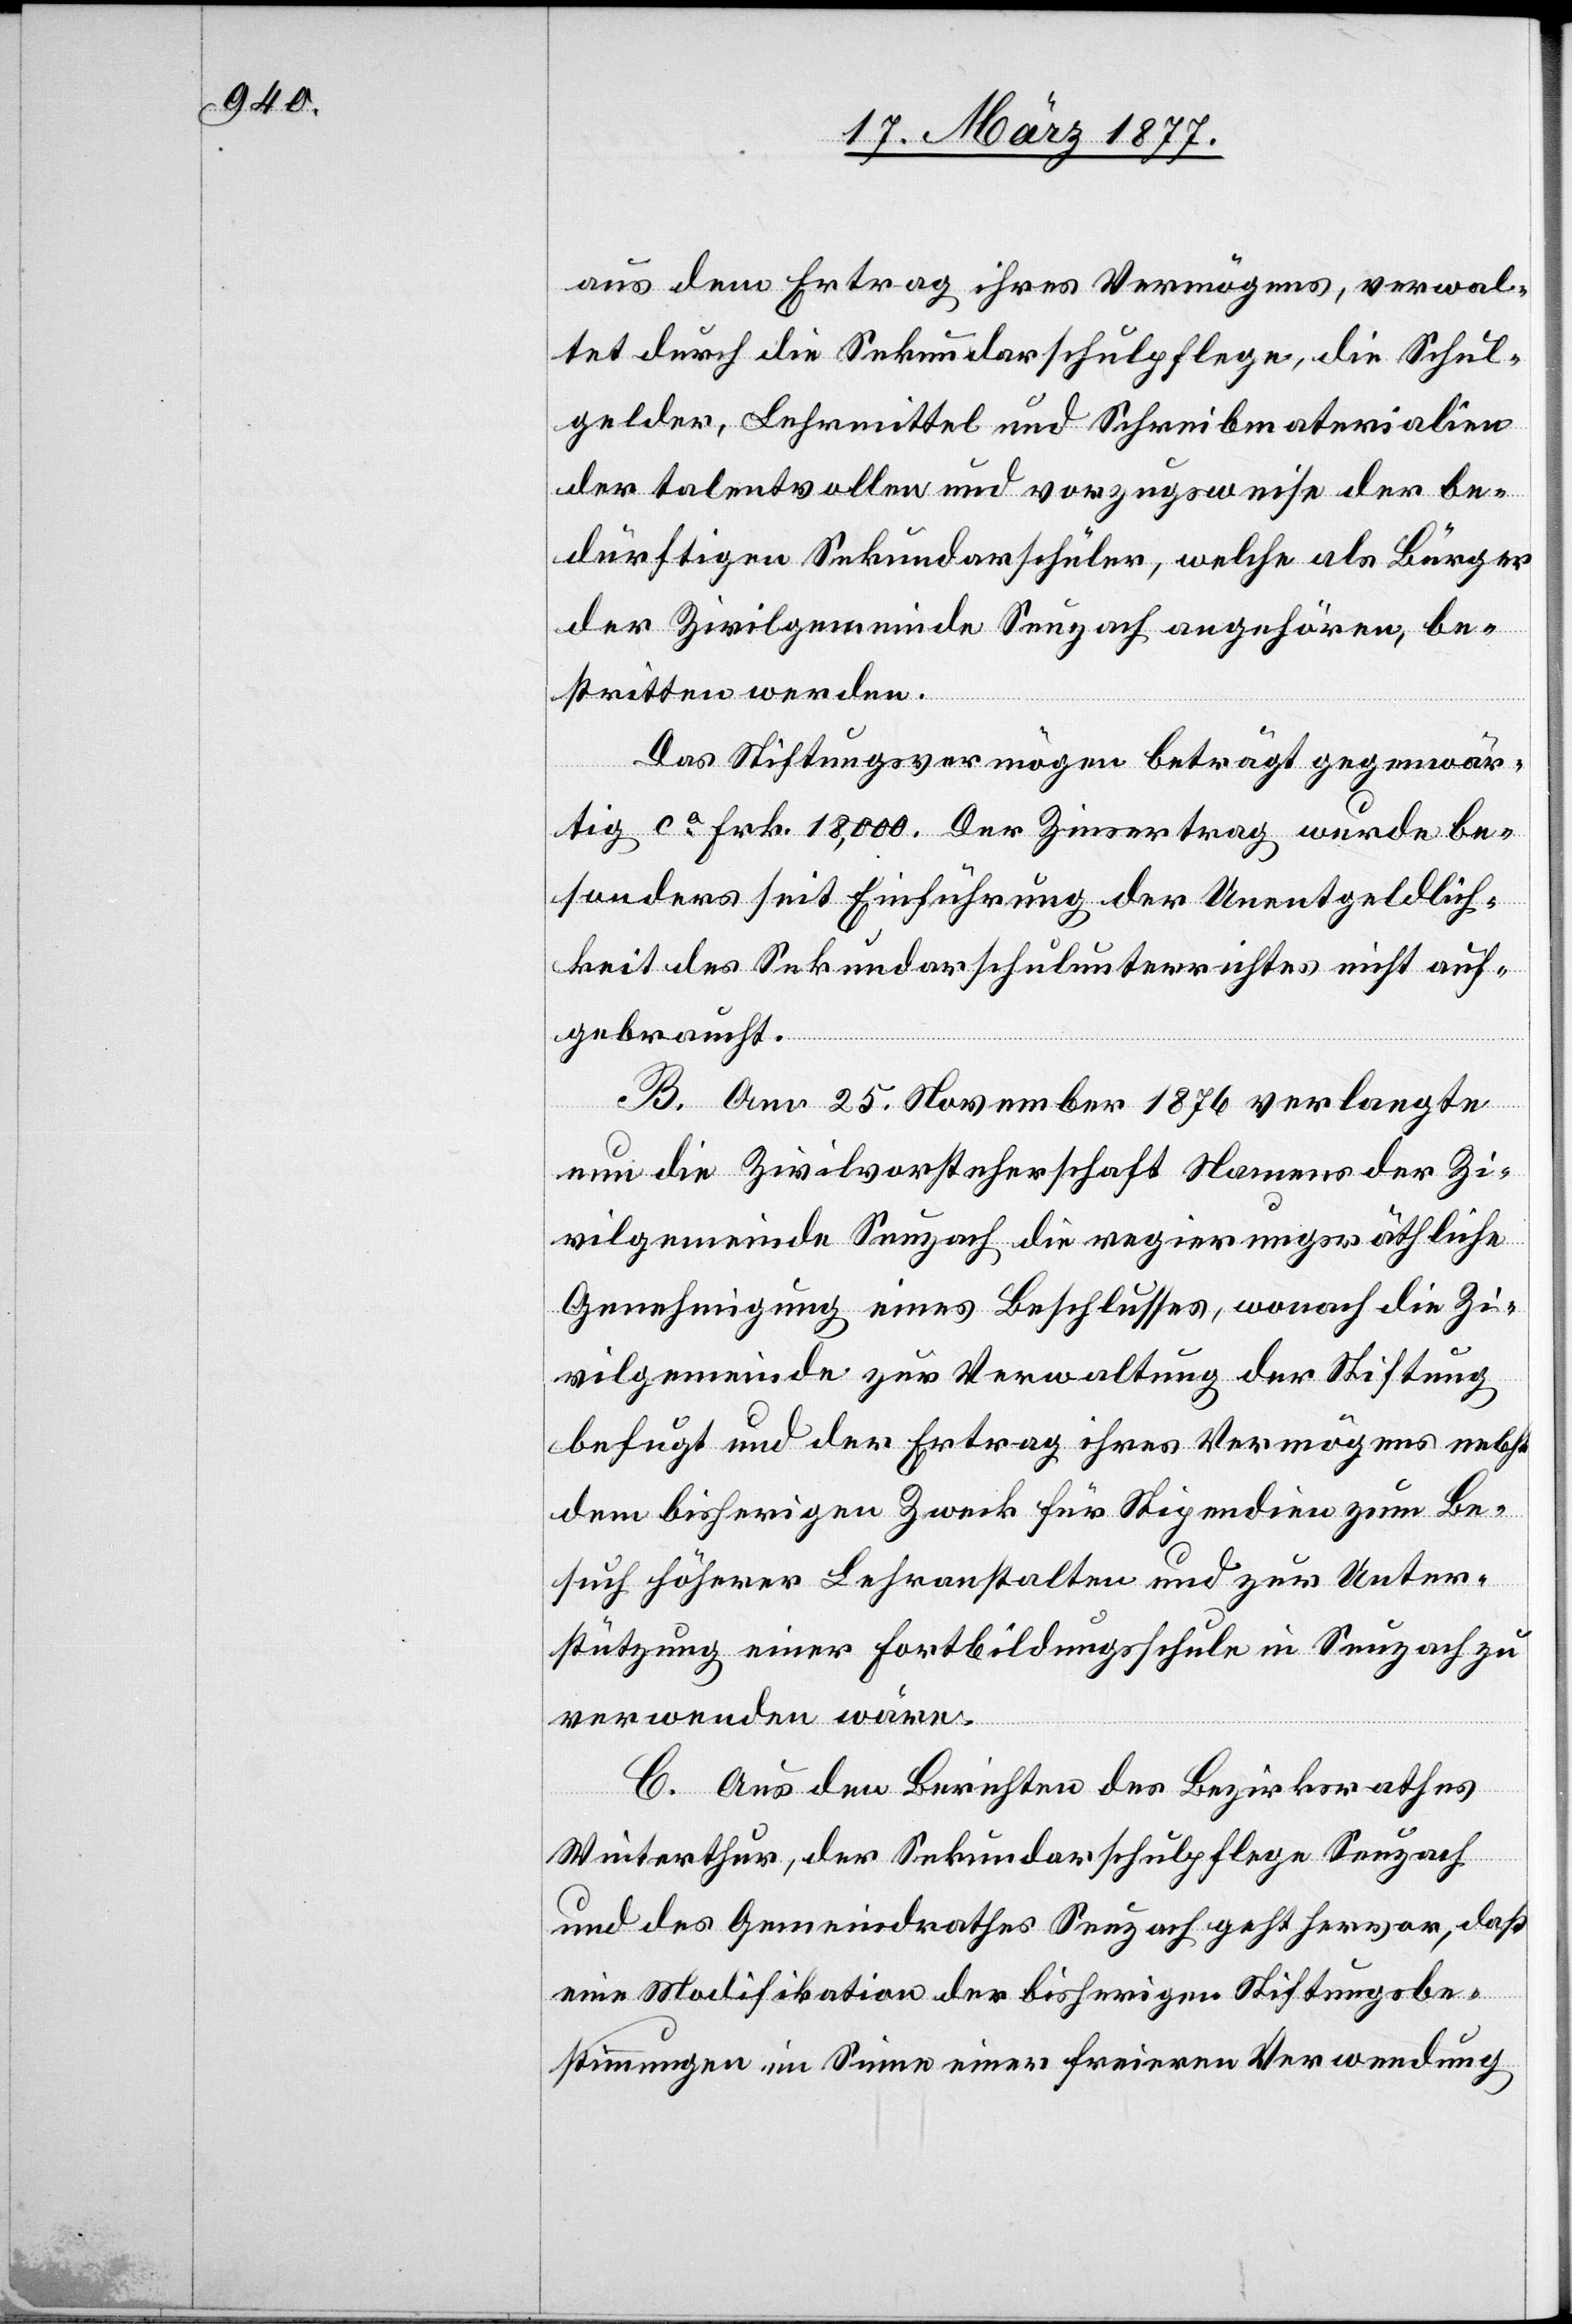
aus dem Ertrag ihres Vermögens, verwal¬
tet durch die Sekundarschulpflege, die Schul¬
gelder, Lehrmittel und Schreibmaterialien
der talentvollen und vorzugsweise der be¬
dürftigen Sekundarschüler, welche als Bürger
der Zivilgemeinde Seuzach angehören, be¬
stritten werden.
Das Stiftungsvermögen beträgt gegenwär¬
tig ca Frk. 18,000. Der Zinsertrag wurde be¬
sonders seit Einführung der Unentgeldlich¬
keit des Sekundarschulunterrichtes nicht auf¬
gebraucht.
B. Am 25. November 1876 verlangte
nun die Zivilvorsteherschaft Namens der Zi¬
vilgemeinde Seuzach die regierungsräthliche
Genehmigung eines Beschlusses, wonach die Zi¬
vilgemeinde zur Verwaltung der Stiftung
befugt und der Ertrag ihres Vermögens nebst
dem bisherigen Zweck für Stipendien zum Be¬
such höherer Lehranstalten und zur Unter¬
stützung einer Fortbildungsschule in Seuzach zu
verwenden wäre.
C. Aus den Berichten des Bezirksrathes
Winterthur, der Sekundarschulpflege Seuzach
und des Gemeindrathes Seuzach geht hervor, daß
eine Modifikation der bisherigen Stiftungsbe¬
stimmungen im Sinne einer freieren Verwendung